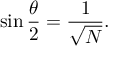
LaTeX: \sin { \frac { \theta } { 2 } } = { \frac { 1 } { \sqrt { N } } } .